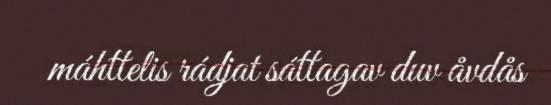
máhttelis rádjat sáttagav duv åvdås